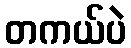
တကယ်ပဲ